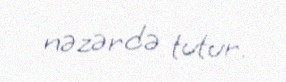
nəzərdə tutur.